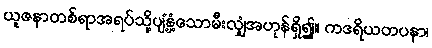
ယူဇနာတစ်ရာအရပ်သို့ပျံ့နှံ့သောမီးလျှံအဟုန်ရှိ၍။ ကဒရိယတပနာ၊